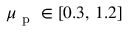
\mu _ { \mathrm { ~ p ~ } } \in [ 0 . 3 , \, 1 . 2 ]